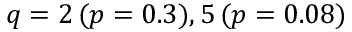
q = 2 \, ( p = 0 . 3 ) , 5 \, ( p = 0 . 0 8 )